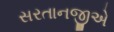
સરતાનજીએ